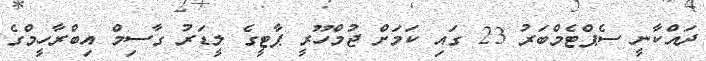
ދައްކާނީ ސެޕްޓެމްބަރު 23 ގައި ކަމަށް ޖުމްހޫރީ ޕާޓީގެ ލީޑަރު ގާސިމް އިބްރާހީމްގެ